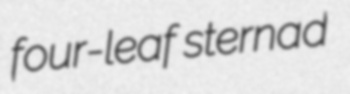
four-leaf sternad